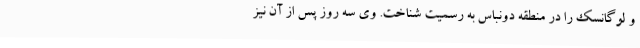
و لوگانسک را در منطقه دونباس به رسمیت شناخت. وی سه روز پس از آن نیز